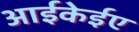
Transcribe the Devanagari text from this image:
आईकेईए